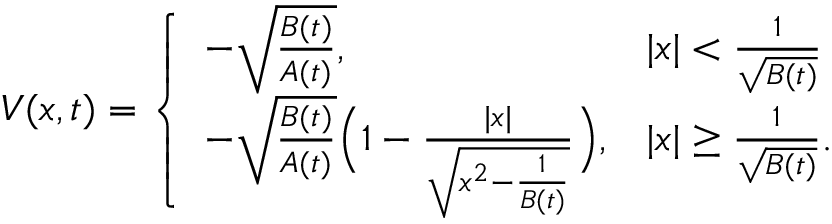
\begin{array} { r } { V ( x , t ) = \left\{ \begin{array} { l l } { - \sqrt { \frac { B ( t ) } { A ( t ) } } , } & { | x | < \frac { 1 } { \sqrt { B ( t ) } } } \\ { - \sqrt { \frac { B ( t ) } { A ( t ) } } \Big ( 1 - \frac { | x | } { \sqrt { x ^ { 2 } - \frac { 1 } { B ( t ) } } } \Big ) , } & { | x | \geq \frac { 1 } { \sqrt { B ( t ) } } . } \end{array} \right. } \end{array}